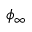
\phi _ { \infty }